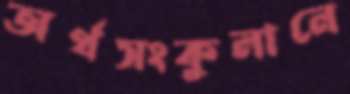
অর্থসংকুলানে